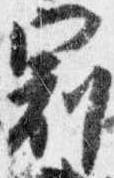
冠